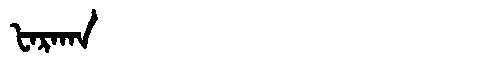
Manchu: ᡶᠠᡵᠠᡴᠠ
Romanization: FARAKA